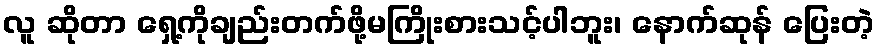
လူ ဆိုတာ ရှေ့ကိုချည်းတက်ဖို့မကြိုးစားသင့်ပါဘူး၊ နောက်ဆုန် ပြေးတဲ့